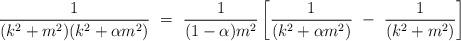
LaTeX: \begin{align*}\frac{1}{(k^2+m^2)(k^2+\alpha m^2)} ~=~ \frac{1}{(1-\alpha)m^2} \left[ \frac{1}{(k^2+\alpha m^2)} ~-~ \frac{1}{(k^2+m^2)} \right]\end{align*}